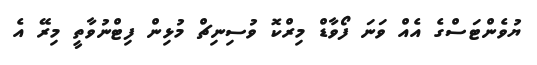
ޔުވެންޓަސްގެ އެއް ވަނަ ފޯވާޑް މިރްކޮ ވުސިނިޗް މުޅިން ފިޓްނުވާތީ މިރޭ އެ